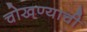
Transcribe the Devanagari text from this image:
चोखण्याची